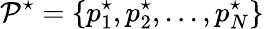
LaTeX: \mathcal{P^{\star}}=\{ p_{1}^{\star},p_{2}^{\star},...,p_{N}^{\star}\}